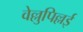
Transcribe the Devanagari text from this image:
वेल्लुपिल्लई